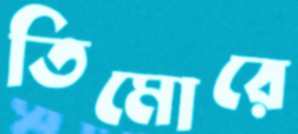
তিমোরে